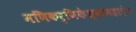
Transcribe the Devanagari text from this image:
मणिकर्णिकेश्वरमहादेव